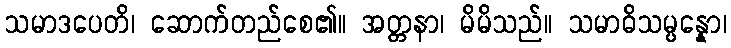
သမာဒပေတိ၊ ဆောက်တည်စေ၏။ အတ္တနာ၊ မိမိသည်။ သမာဓိသမ္ပန္နော၊